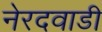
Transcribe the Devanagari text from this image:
नेरदवाडी